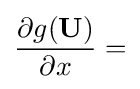
{\frac {\partial g(\mathbf {U} )}{\partial x}}=